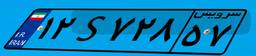
۷۹S۲۳۱۲۹